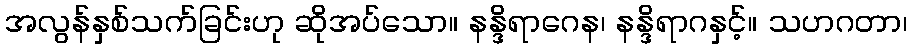
အလွန်နှစ်သက်ခြင်းဟု ဆိုအပ်သော။ နန္ဒိရာဂေန၊ နန္ဒိရာဂနှင့်။ သဟဂတာ၊